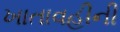
ખાતાવહીની